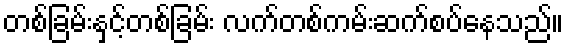
တစ်ခြမ်းနှင့်တစ်ခြမ်း လက်တစ်ကမ်းဆက်စပ်နေသည်။